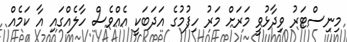
މިނިސްޓަރު ވިދާޅުވީ މަރަށް މަރު ހިފުމުގެ އަދަބަކީ އެއްވެސް ހާލެއްގައި އާ ކަމެއް